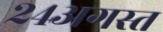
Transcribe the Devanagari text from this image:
२४अगस्त